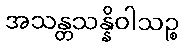
အသန္တသန္နိဝါသဉ္စ